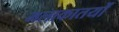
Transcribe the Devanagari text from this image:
मलाकातयों